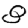
Digit: 8